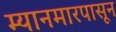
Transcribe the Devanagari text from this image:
म्यानमारपासून